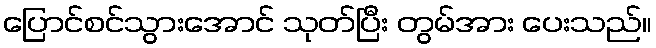
ပြောင်စင်သွားအောင် သုတ်ပြီး တွမ်အား ပေးသည်။